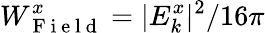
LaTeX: W_{\mathrm{~F~i~e~l~d~}}^{x}=|E_{k}^{x}|^{2}/16\pi